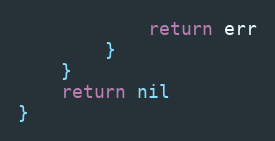
Language: Go
			return err
		}
	}
	return nil
}